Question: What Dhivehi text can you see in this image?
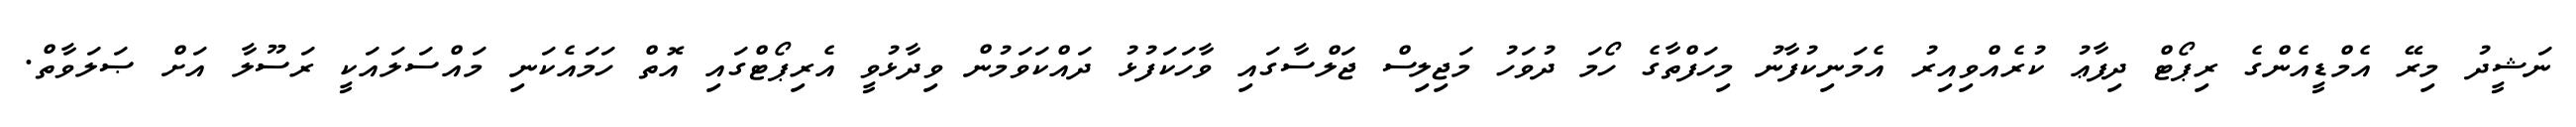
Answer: ނަޝީދު މިރޭ އެމްޑީއެންގެ ރިޕޯޓް ދިފާޢު ކުރެއްވިއިރު އެމަނިކުފާނު މިހަފްތާގެ ހޯމަ ދުވަހު މަޖިލިސް ޖަލްސާގައި ވާހަކަފުޅު ދައްކަވަމުން ވިދާޅުވީ އެރިޕޯޓްގައި އޮތް ހަމައެކަނި މައްސަލައަކީ ރަސޫލާ އަށް ޞަލަވާތް.